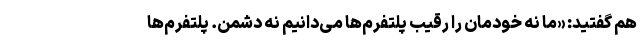
هم گفتید: «ما نه خودمان را رقیب پلتفرم‌ها می‌دانیم نه دشمن. پلتفرم‌ها